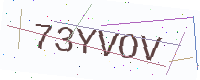
Text: 73YVOV